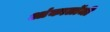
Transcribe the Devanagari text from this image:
आंकालॉजी